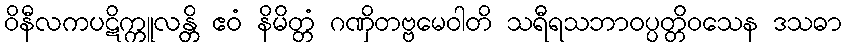
ဝိနီလကပဋိက္ကူလန္တိ ဧဝံ နိမိတ္တံ ဂဏှိတဗ္ဗမေဝါတိ သရီရသဘာဝပ္ပတ္တိဝသေန ဒသဓာ